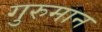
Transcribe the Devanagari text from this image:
गुरुमान